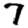
Digit: 7